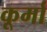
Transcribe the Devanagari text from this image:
कूर्मा